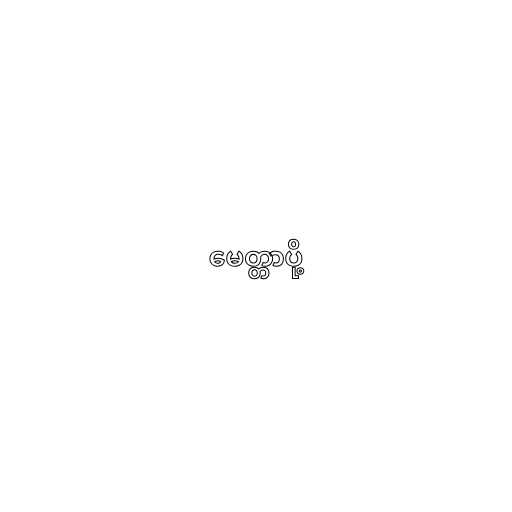
မေတ္တာပို့